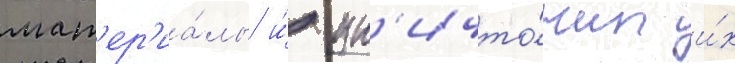
мат'ер'иа́лы и́ ун'ичто́жил и́х